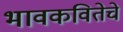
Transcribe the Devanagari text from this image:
भावकवितेचे